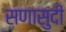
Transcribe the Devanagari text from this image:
सणासुदी